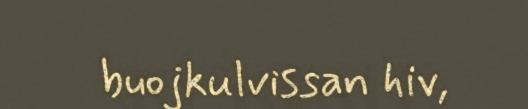
buojkulvissan hiv,